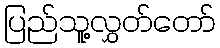
ပြည်သူ့လွှတ်တော်